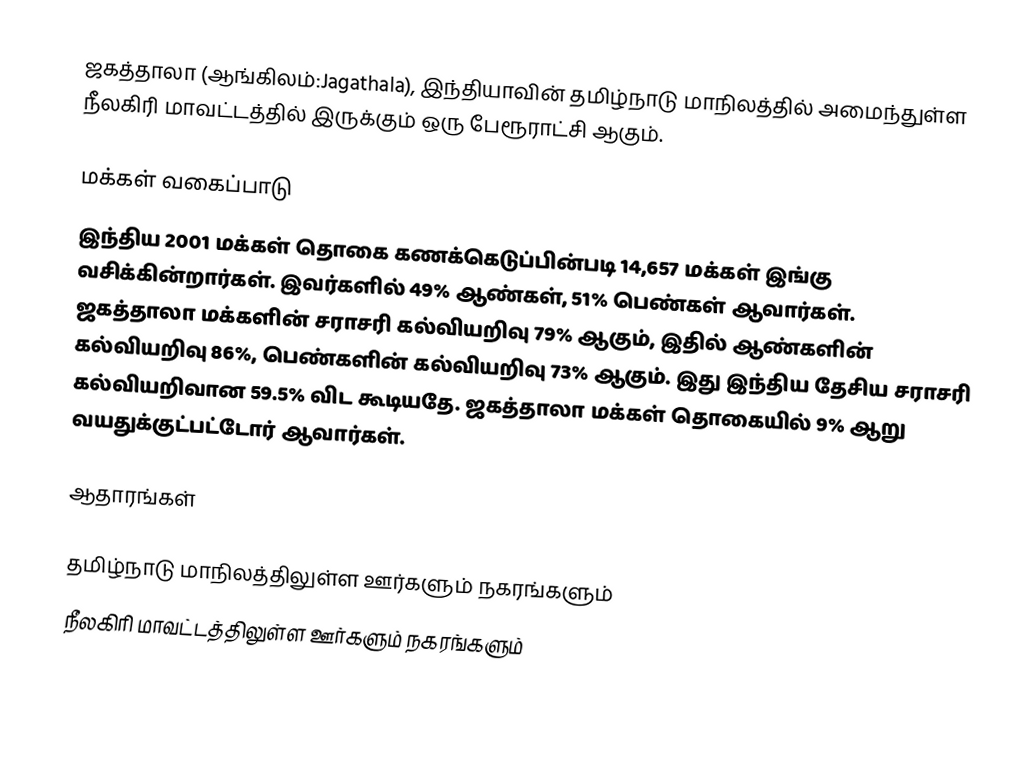
ஜகத்தாலா (ஆங்கிலம்:Jagathala), இந்தியாவின் தமிழ்நாடு மாநிலத்தில் அமைந்துள்ள நீலகிரி மாவட்டத்தில் இருக்கும் ஒரு பேரூராட்சி ஆகும்.

மக்கள் வகைப்பாடு
இந்திய 2001 மக்கள் தொகை கணக்கெடுப்பின்படி 14,657 மக்கள் இங்கு வசிக்கின்றார்கள். இவர்களில் 49% ஆண்கள், 51% பெண்கள் ஆவார்கள். ஜகத்தாலா மக்களின் சராசரி கல்வியறிவு 79% ஆகும்,  இதில் ஆண்களின் கல்வியறிவு 86%,  பெண்களின் கல்வியறிவு 73% ஆகும். இது இந்திய தேசிய சராசரி கல்வியறிவான 59.5% விட கூடியதே. ஜகத்தாலா மக்கள் தொகையில் 9%  ஆறு வயதுக்குட்பட்டோர் ஆவார்கள்.

ஆதாரங்கள்

தமிழ்நாடு மாநிலத்திலுள்ள ஊர்களும் நகரங்களும்
நீலகிரி மாவட்டத்திலுள்ள ஊர்களும் நகரங்களும்